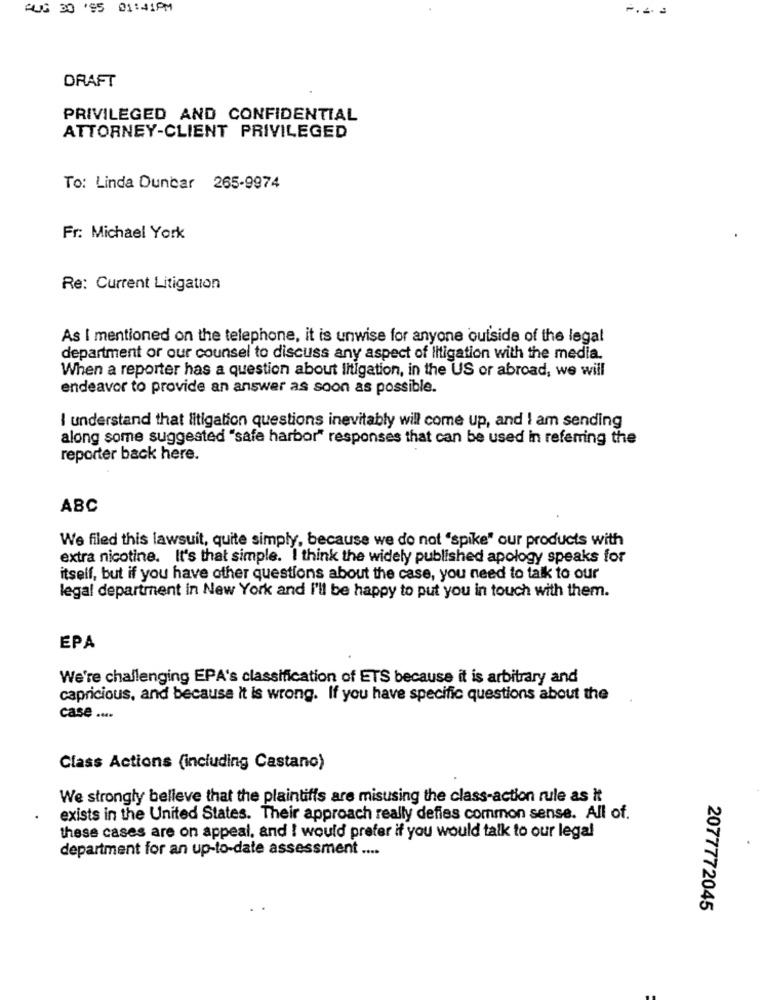
AUG 30 195 01:41PM
DRAFT
PRIVILEGED AND CONFIDENTIAL
ATTORNEY-CLIENT PRIVILEGED
To: Linda Duncar 265-9974
Fr: Michael York
Re: Current Litigation
As I mentioned on the telephone, it is unwise for anyone outside of the legal
department or our counsel to discuss any aspect of litigation with the media.
When a reporter has a question about litigation, in the US or abroad, we will
endeavor to provide an answer as soon as possible.
I understand that litigation questions inevitably will come up, and I am sending
along some suggested "safe harbor" responses that can be used in referring the
reporter back here.
ABC
We filed this lawsuit, quite simply, because we do not "spike" our products with
extra nicotine. It's that simple. I think the widely published apology speaks for
itself, but if you have other questions about the case, you need to talk to our
legal department in New York and I'll be happy to put you in touch with them.
EPA
We're challenging EPA's classification of ETS because it is arbitrary and
capricious, and because it is wrong. If you have specific questions about the
case ....
Class Actions (including Castano)
We strongly believe that the plaintiffs are misusing the class-action rule as It
exists in the United States. Their approach really defies common sense. All of.
these cases are on appeal, and I would prefer if you would talk to our legal
department for an up-to-date assessment ....
2077772045